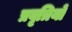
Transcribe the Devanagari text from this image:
प्रवृत्रियों